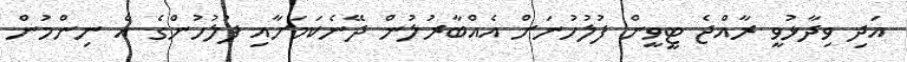
އަދި ވިދާޅުވީ ރާއްޖެ ޓީވީން ފުލުހުނަށް އެއްބާރުލުން ދޭނެކަމަށާއި ފުލުހުންގެ އެ ނިންމުން